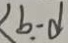
< b . - d